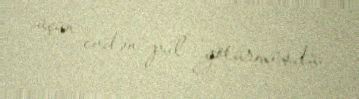
üçün evdən pul götürmüşdü.